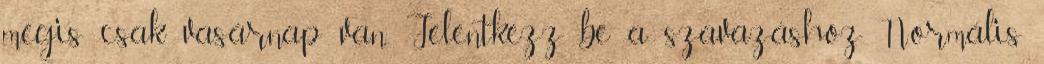
mégis csak vasárnap van. Jelentkezz be a szavazáshoz Normális